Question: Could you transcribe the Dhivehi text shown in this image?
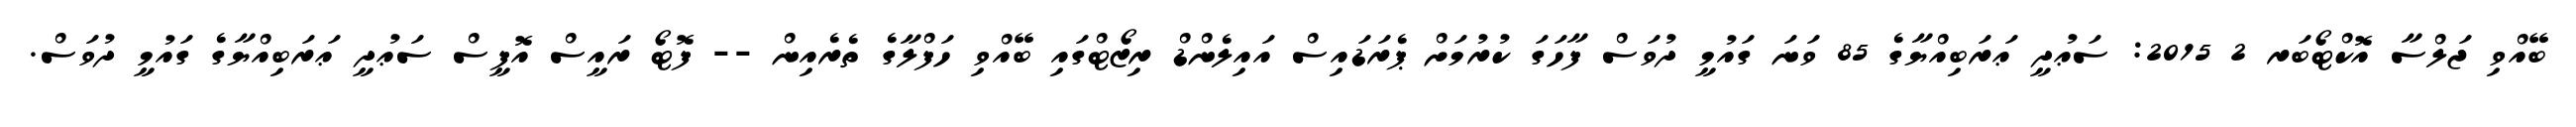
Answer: ބޭއްވި ޖަލްސާ އޮކްޓޯބަރ 2 2015: ސަޢުދީ ޢަރަބިއްޔާގެ 85 ވަނަ ގައުމީ ދުވަސް ފާހަގަ ކުރުމަށް ޕެރަޑައިސް އައިލެންޑް ރިޒޯޓްގައި ބޭއްވި ހަފްލާގެ ތެރެއިން -- ފޮޓޯ ރައީސް އޮފީސް ސަޢުދީ ޢަރަބިއްޔާގެ ގައުމީ ދުވަސް.